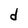
Character: d